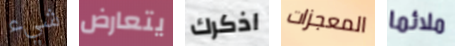
شيء يتعارض اذكرك المعجزات ملائما